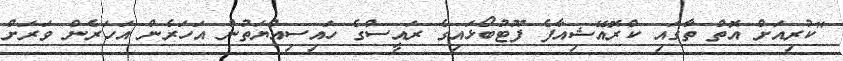
"ކުރިއަށް އޮތް ތާގައި ކްރޮއޭޝިއާފެ ފޫޓުބޯޅައިގެ ރައީސްގެ ހައިސިއްޔަތުން އަހަރެން އަހަރެން ވަރަށް